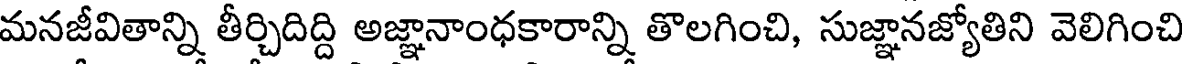
మనజీవితాన్ని తీర్చిదిద్ది అజ్ఞానాంధకారాన్ని తొలగించి, సుజ్ఞానజ్యోతిని వెలిగించి